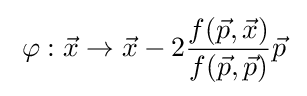
\;\varphi :{\vec {x}}\rightarrow {\vec {x}}-2{\frac {f({\vec {p}},{\vec {x}})}{f({\vec {p}},{\vec {p}})}}{\vec {p}}\;